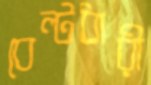
বেল্টধারী